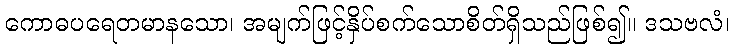
ကောဓပရေတမာနသော၊ အမျက်ဖြင့်နှိပ်စက်သောစိတ်ရှိသည်ဖြစ်၍။ ဒသဗလံ၊